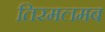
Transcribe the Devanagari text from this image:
तिरमलमब